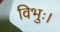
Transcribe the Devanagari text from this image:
विभुः।